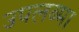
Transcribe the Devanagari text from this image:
उपलब्मा